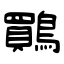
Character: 鷶